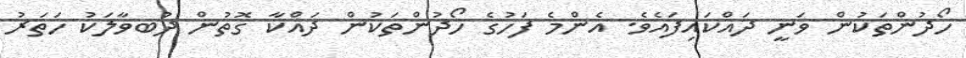
ހޯދުންތަކުން ވަނީ ދައްކައިފައެވެ. އެންމެ ފަހުގެ ހޯދުންތަކުން ދައްކާ ގޮތުން ދުބވާލަކު ހަތަރު